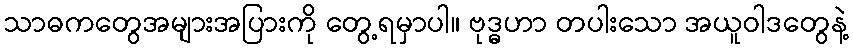
သာဓကတွေအများအပြားကို တွေ့ရမှာပါ။ ဗုဒ္ဓဟာ တပါးသော အယူဝါဒတွေနဲ့